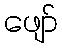
ဖျော်